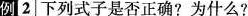
例[2]下列式子是否正确?为什么?